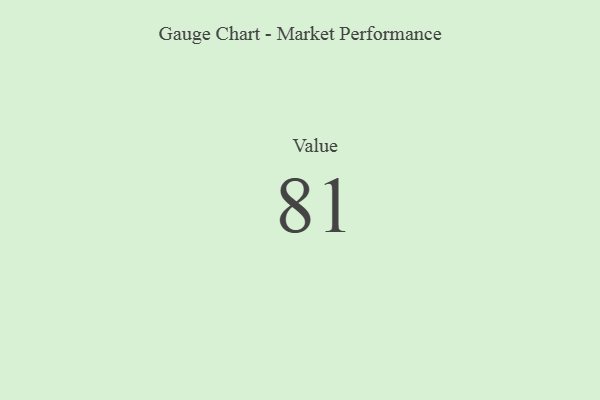
{"axis": {"x": "Metric", "y": "Value"}, "legend": [""], "data": [{"x": "Value", "y": 81, "type": ""}]}